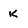
Character: k